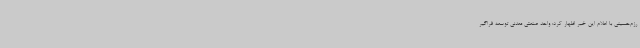
رزم‌حسینی با اعلام این خبر اظهار کرد: واحد صنعتی معدنی توسعه فراگیر